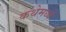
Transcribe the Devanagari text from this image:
कथेमध्यें